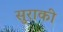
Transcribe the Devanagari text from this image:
सुराकी